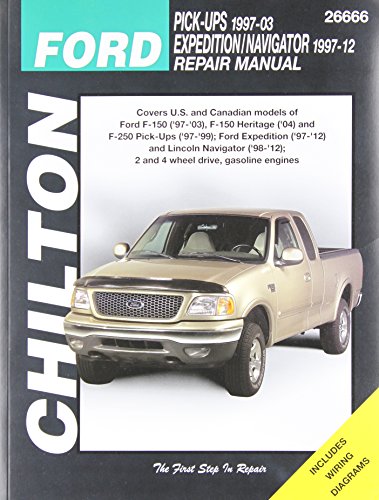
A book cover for Chilton Total Car Care Ford F-150 ('97-'03), F-150 Heritage ('04), F-250 ('97-'99), Expedition ('97-'12) & Lincoln Navigator ('98-'12) Repair Manual (Chilton's Total Car Care Repair Manual); Chilton; Engineering & Transportation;